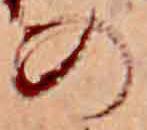
の